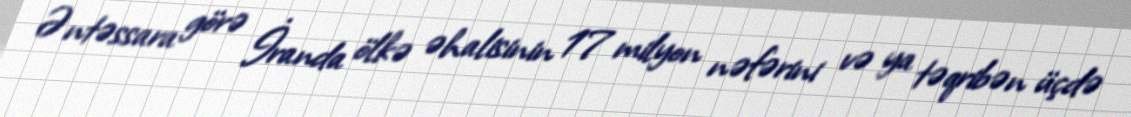
Əntəssara görə İranda ölkə əhalisinin 17 milyon nəfərini və ya təqribən üçdə